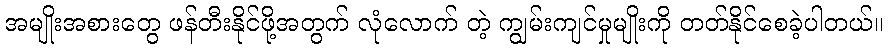
အမျိုးအစားတွေ ဖန်တီးနိုင်ဖို့အတွက် လုံလောက် တဲ့ ကျွမ်းကျင်မှုမျိုးကို တတ်နိုင်စေခဲ့ပါတယ်။